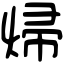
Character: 㷌